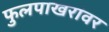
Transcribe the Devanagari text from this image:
फुलपाखरांवर